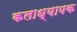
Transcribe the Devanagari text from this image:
कलाध्यापक